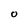
Character: O